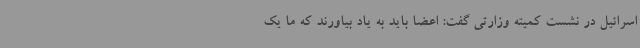
اسرائیل در نشست کمیته وزارتی گفت: اعضا باید به یاد بیاورند که ما یک